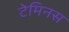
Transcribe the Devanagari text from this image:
टेमिनस